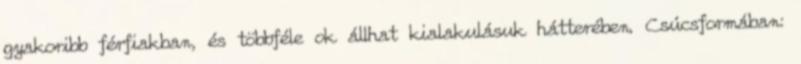
gyakoribb férfiakban, és többféle ok állhat kialakulásuk hátterében. Csúcsformában: